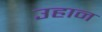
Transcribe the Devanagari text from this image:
उहान